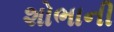
શોભાની